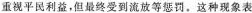
重视平民利益，但最终受到流放等惩罚。这种现象表